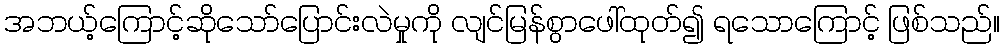
အဘယ့်ကြောင့်ဆိုသော်ပြောင်းလဲမှုကို လျင်မြန်စွာဖေါ်ထုတ်၍ ရသောကြောင့် ဖြစ်သည်။